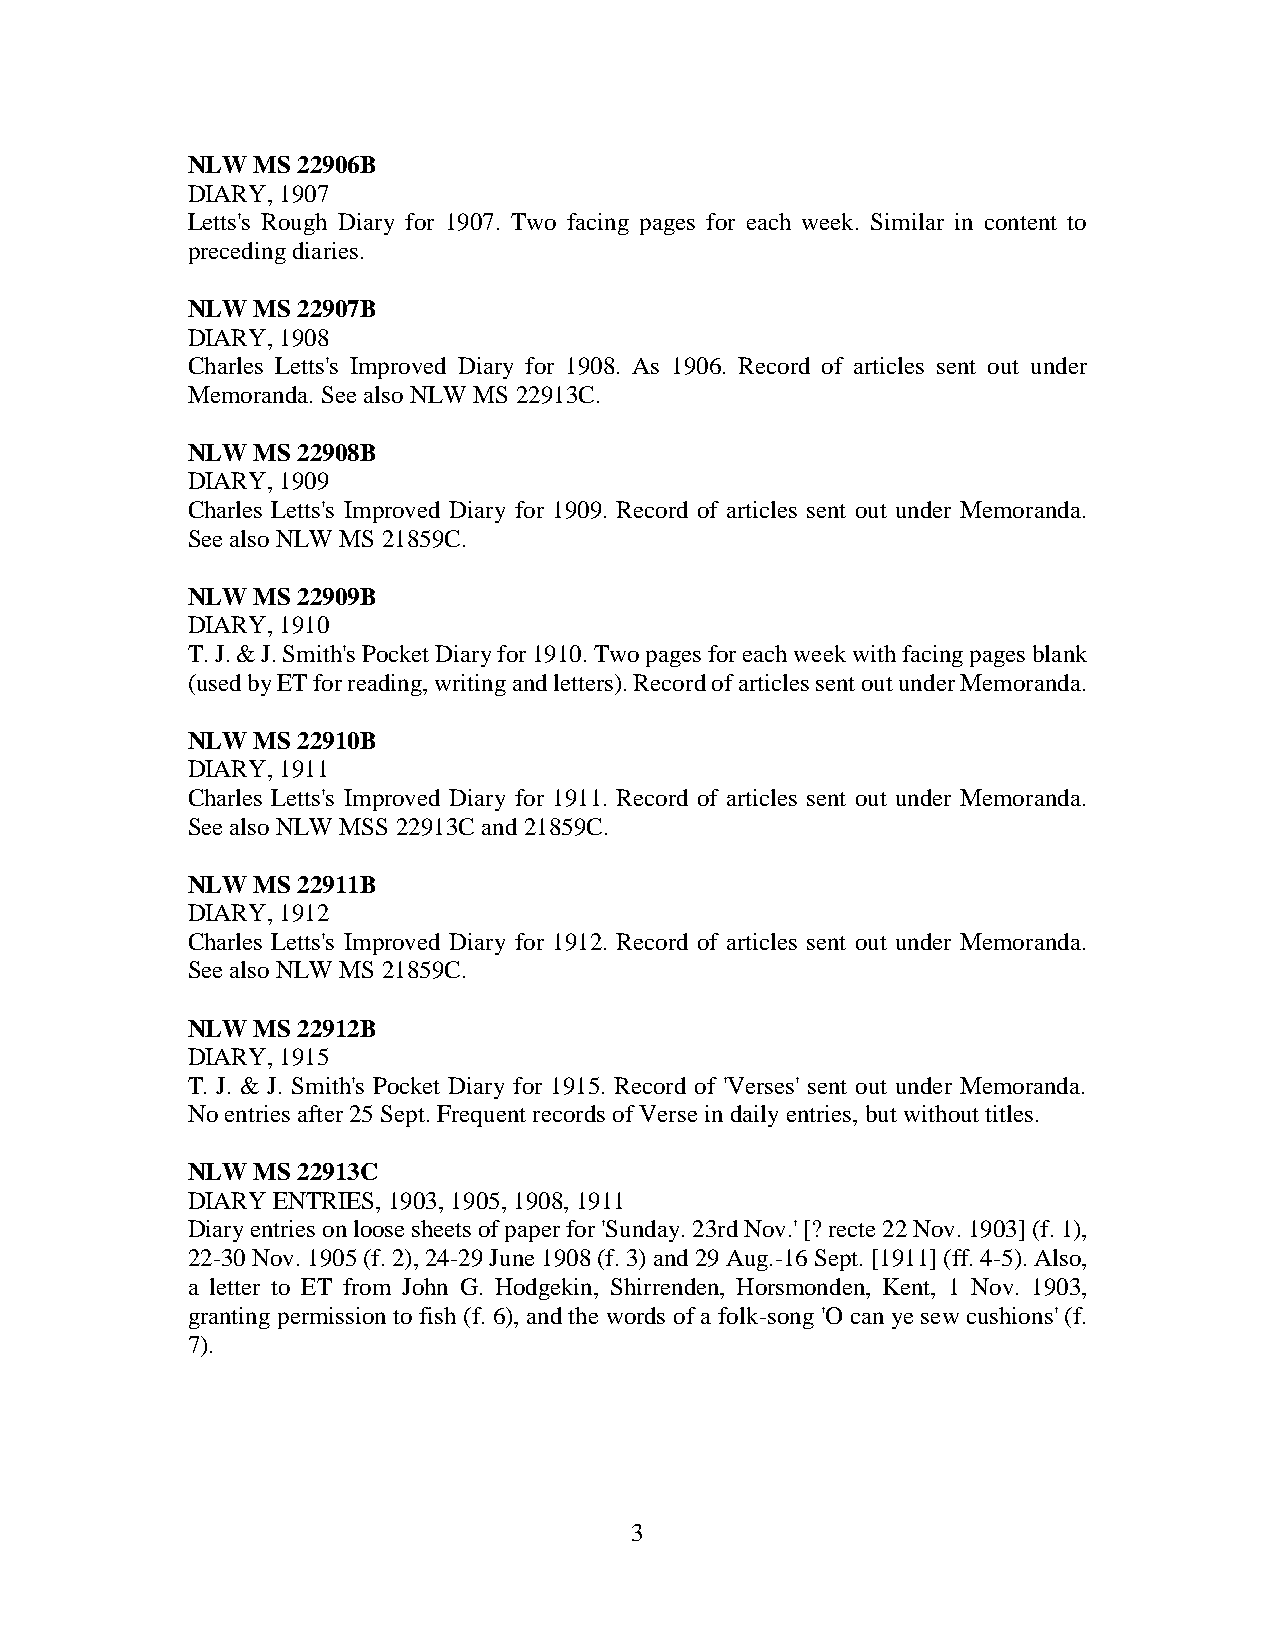
NLW  MS 22906B
 DIARY, 1907
 Letts's Rough Diary for 1907. Two facing pages for each week. Similar in content to
 preceding diaries.
 NLW  MS 22907B
 DIARY, 1908
 Charles Letts's Improved Diary for 1908. As 1906. Record of articles sent out under
 Memoranda. See also NLW MS 22913C.
 NLW  MS 22908B
 DIARY, 1909
 Charles Letts's Improved Diary for 1909. Record of articles sent out under Memoranda.
 See also NLW MS 21859C.
 NLW  MS 22909B
 DIARY, 1910
 T. J. & J. Smith's Pocket Diary for 1910. Two pages for each week with facing pages blank
 (used by ET for reading, writing and letters). Record of articles sent out under Memoranda.
 NLW  MS 22910B
 DIARY, 1911
 Charles Letts's Improved Diary for 1911. Record of articles sent out under Memoranda.
 See also NLW MSS 22913C and 21859C.
 NLW  MS 22911B
 DIARY, 1912
 Charles Letts's Improved Diary for 1912. Record of articles sent out under Memoranda.
 See also NLW MS 21859C.
 NLW  MS 22912B
 DIARY, 1915
 T. J. & J. Smith's Pocket Diary for 1915. Record of 'Verses' sent out under Memoranda.
 No entries after 25 Sept. Frequent records of Verse in daily entries, but without titles.
 NLW  MS 22913C
 DIARY ENTRIES, 1903, 1905, 1908, 1911
 Diary entries on loose sheets of paper for 'Sunday. 23rd Nov.' [? recte 22 Nov. 1903] (f. 1),
 22-30 Nov. 1905 (f. 2), 24-29 June 1908 (f. 3) and 29 Aug.-16 Sept. [1911] (ff. 4-5). Also,
 a letter to ET from John G. Hodgekin, Shirrenden, Horsmonden, Kent, 1 Nov. 1903,
 granting permission to fish (f. 6), and the words of a folk-song 'O can ye sew cushions' (f.
 7).
 3